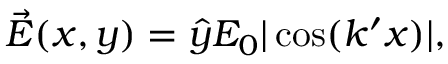
\begin{array} { r } { \vec { E } ( x , y ) = \hat { y } E _ { 0 } | \cos ( k ^ { \prime } x ) | , } \end{array}